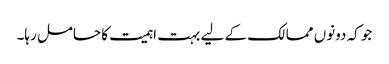
جو کہ دونوں ممالک کے لیے بہت اہمیت کا حامل رہا۔